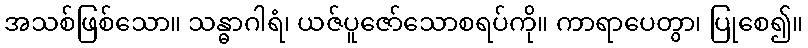
အသစ်ဖြစ်သော။ သန္ဓာဂါရံ၊ ယဇ်ပူဇော်သောစရပ်ကို။ ကာရာပေတွာ၊ ပြုစေ၍။